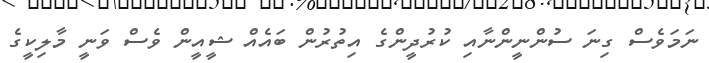
ނަމަވެސް ގިނަ ސުންނީންނާއި ކުރުދީންގެ އިތުރުން ބައެއް ޝީއީން ވެސް ވަނީ މާލިކީގެ